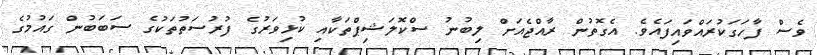
ވެސް ފާހަގަކުރައްވައިފައެވެ. އެގޮތުން ރާއްޖެއަށް ލިބުނު ސްކޮލަޝިޕްތަކާއި ކުޅިވަރުގެ ފުރުސަތުތަކުގެ ސަބަބުން ގައުމުގެ